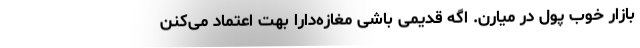
بازار خوب پول در میارن. اگه قدیمی باشی مغازه‌دارا بهت اعتماد می‌کنن